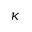
\kappa